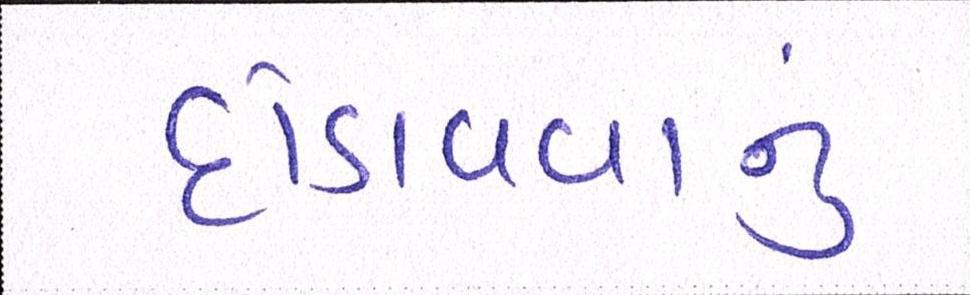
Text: દોડાવવાનું